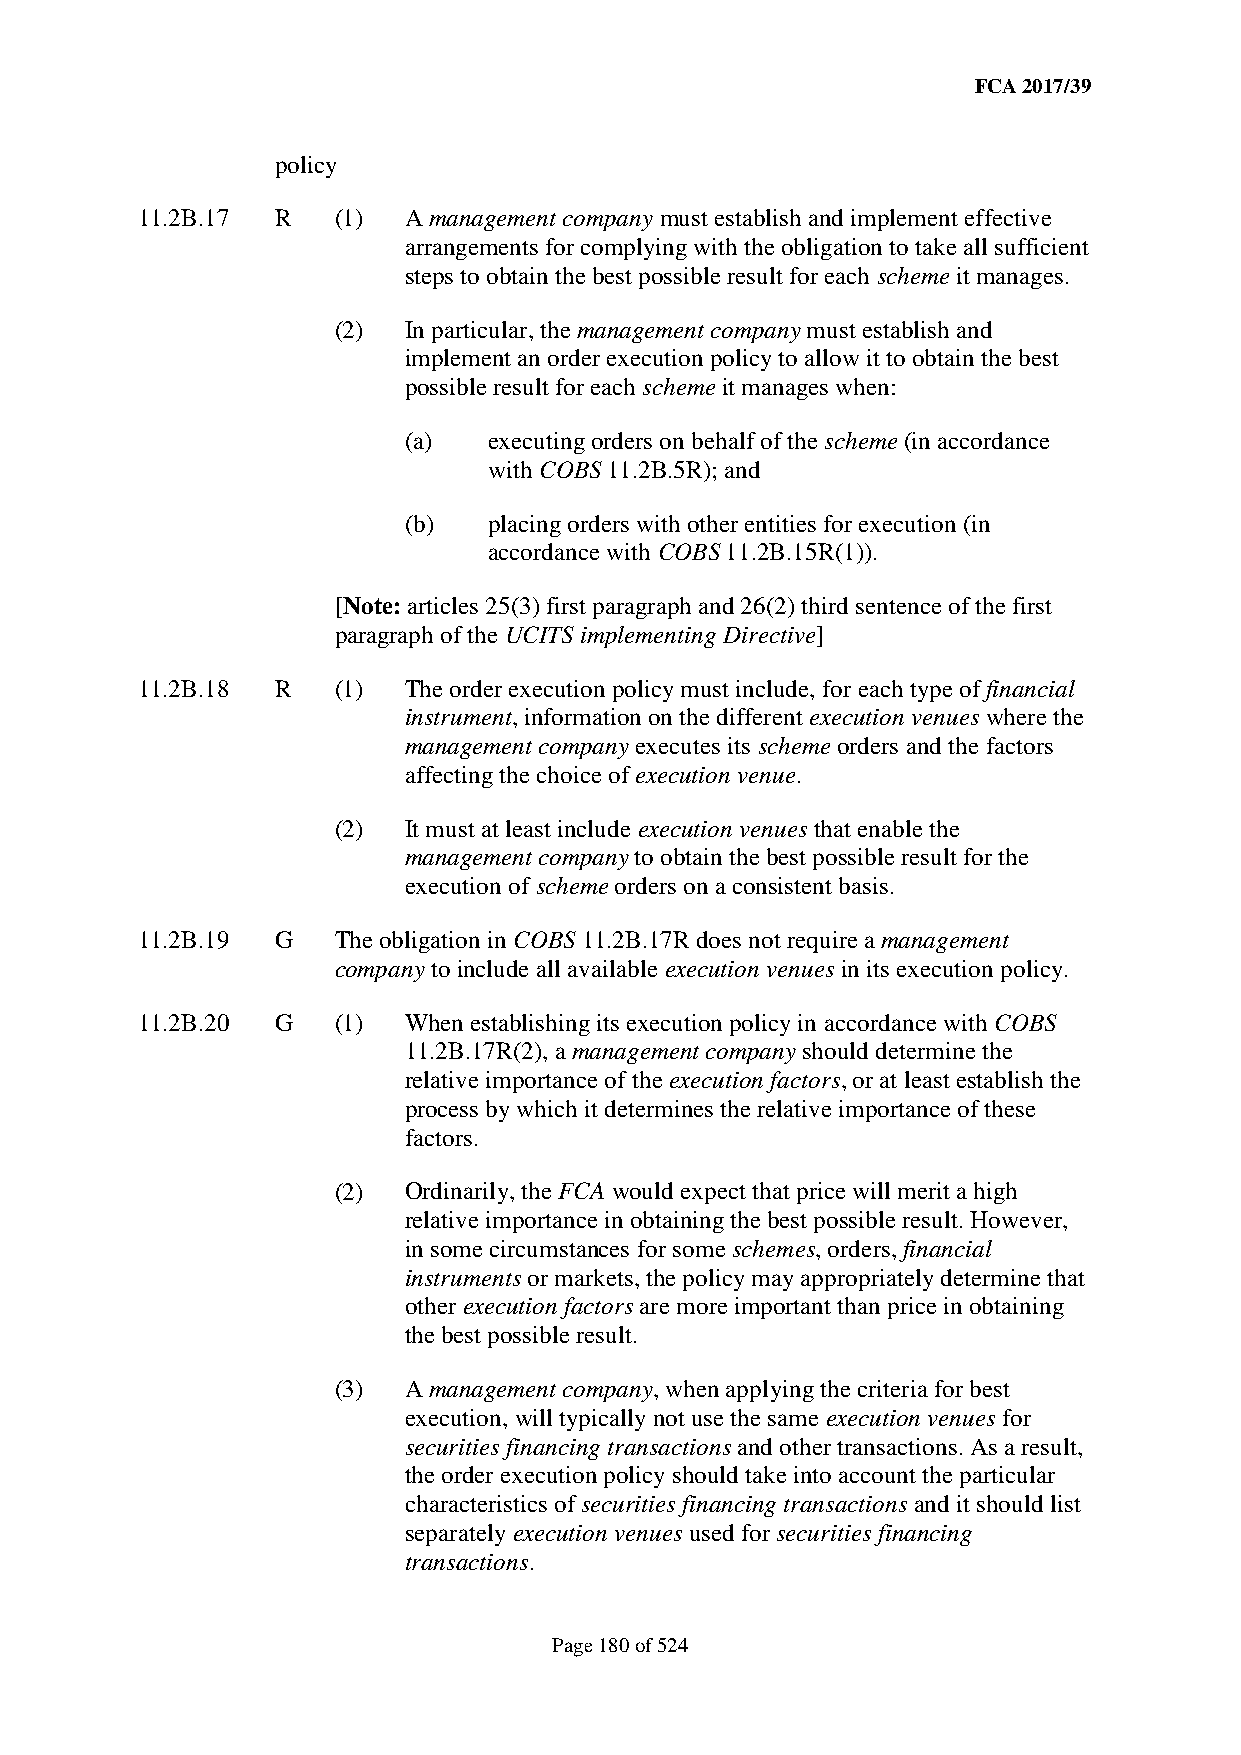
FCA 2017/39
 policy
 11.2B.17 R   (1)  A management company must establish and implement effective
 arrangements for complying with the obligation to take all sufficient
 steps to obtain the best possible result for each scheme it manages.
 (2)  In particular, the management company must establish and
 implement an order execution policy to allow it to obtain the best
 possible result for each scheme it manages when:
 (a)  executing orders on behalf of the scheme (in accordance
 with COBS 11.2B.5R); and
 (b)  placing orders with other entities for execution (in
 accordance with COBS 11.2B.15R(1)).
 [Note: articles 25(3) first paragraph and 26(2) third sentence of the first
 paragraph of the UCITS implementing Directive]
 11.2B.18 R   (1)  The order execution policy must include, for each type of financial
 instrument, information on the different execution venues where the
 management company executes its scheme orders and the factors
 affecting the choice of execution venue.
 (2)  It must at least include execution venues that enable the
 management company to obtain the best possible result for the
 execution of scheme orders on a consistent basis.
 11.2B.19 G   The obligation in COBS 11.2B.17R does not require a management
 company to include all available execution venues in its execution policy.
 11.2B.20 G   (1)  When establishing its execution policy in accordance with COBS
 11.2B.17R(2), a management company should determine the
 relative importance of the execution factors, or at least establish the
 process by which it determines the relative importance of these
 factors.
 (2)  Ordinarily, the FCA would expect that price will merit a high
 relative importance in obtaining the best possible result. However,
 in some circumstances for some schemes, orders, financial
 instruments or markets, the policy may appropriately determine that
 other execution factors are more important than price in obtaining
 the best possible result.
 (3)  A management company, when applying the criteria for best
 execution, will typically not use the same execution venues for
 securities financing transactions and other transactions. As a result,
 the order execution policy should take into account the particular
 characteristics of securities financing transactions and it should list
 separately execution venues used for securities financing
 transactions.
 Page 180 of 524